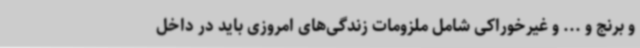
و برنج و ... و غیرخوراکی شامل ملزومات زندگی‌های امروزی باید در داخل